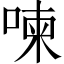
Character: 𠷬